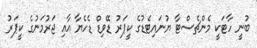
ބުނީ ހާޓަކީ މެންޗެސްޓާ ޔުނައިޓެޑުގެ ކީޕަރު ޑޭވިޑް ޑެހެޔާ އާއި ޖަރުމަނުގެ ކީޕަރު